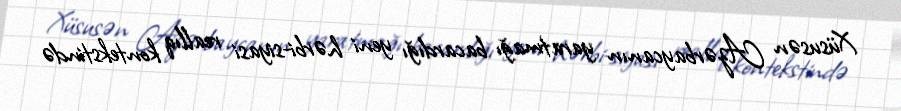
Xüsusən Azərbaycanın yaratmağı bacardığı yeni hərbi-siyasi reallıq kontekstində